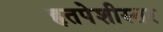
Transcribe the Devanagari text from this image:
हृतपेशीस्तर